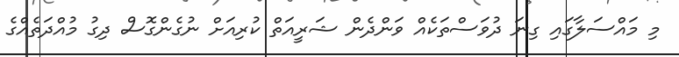
މި މައްސަލާގައި ގިނަ ދުވަސްތަކެއް ވަންދެން ޝަރީއަތް ކުރިއަށް ނުގެންގޮސް ދިގު މުއްދަތެއްގެ